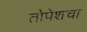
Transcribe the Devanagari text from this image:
तोपेशचा